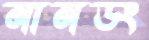
নানডং